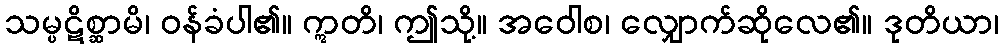
သမ္ပဋိစ္ဆာမိ၊ ဝန်ခံပါ၏။ ဣတိ၊ ဤသို့။ အဝေါစ၊ လျှောက်ဆိုလေ၏။ ဒုတိယာ၊